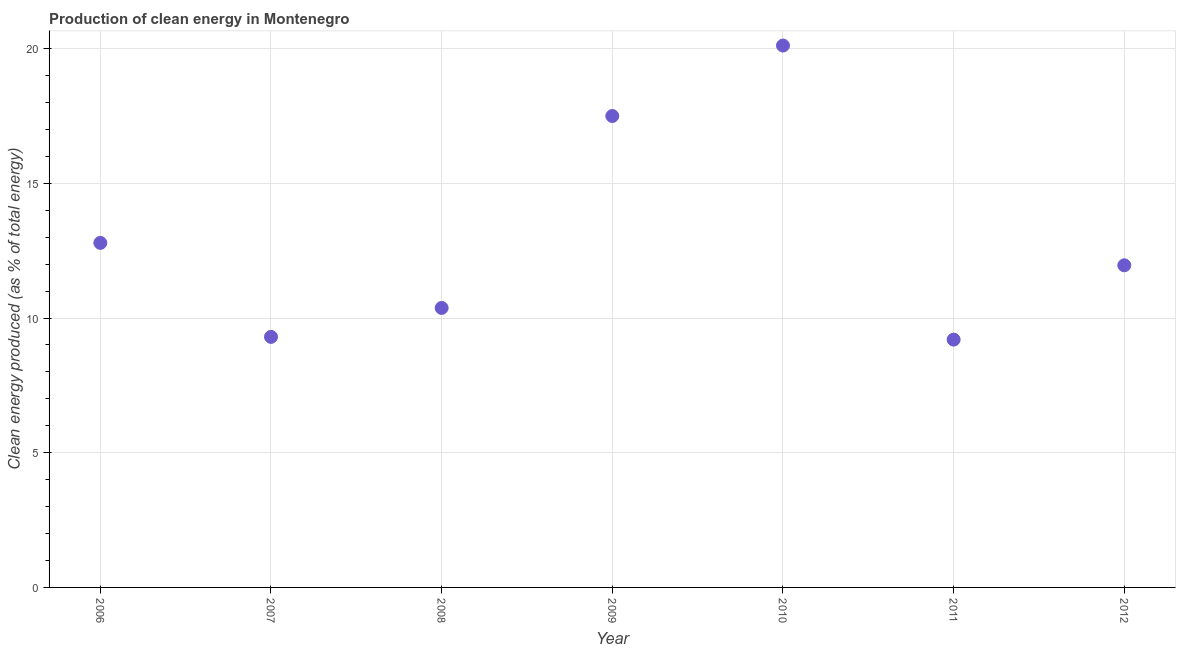
| Year | Alternative and nuclear energy |
 | --- | --- |
 | 2006 | 12.8 |
 | 2007 | 9.3 |
 | 2008 | 10.4 |
 | 2009 | 17.5 |
 | 2010 | 20.1 |
 | 2011 | 9.2 |
 | 2012 | 12 |